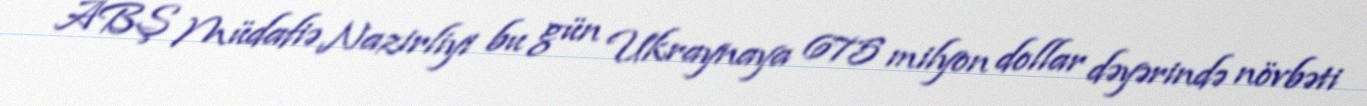
ABŞ Müdafiə Nazirliyi bu gün Ukraynaya 675 milyon dollar dəyərində növbəti